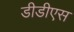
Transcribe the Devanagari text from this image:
डीडीएस